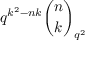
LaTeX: q ^ { k ^ { 2 } - n k } { \binom { n } { k } } _ { q ^ { 2 } }